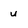
Character: u